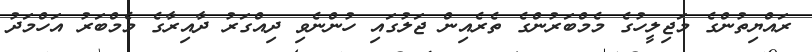
ރައްޔިތުންގެ މަޖިލީހުގެ މެމްބަރުންގެ ތެރެއިން ޖަލުގައި ހުންނެވި ދިއްގަރު ދާއިރާގެ މެމްބަރު އަހްމަދު